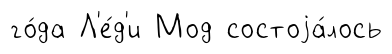
го́да Л'е́д'и Мод состоjа́лось